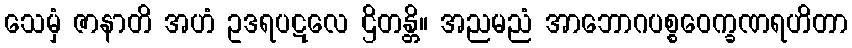
သေမှံ ဇာနာတိ အဟံ ဥဒရပဋလေ ဌိတန္တိ။ အညမညံ အာဘောဂပစ္စဝေက္ခဏရဟိတာ